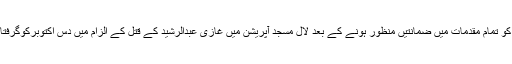
پرویزمشرف کو تمام مقدمات میں ضمانتیں منظور ہونے کے بعد لال مسجد آپریشن میں غازی عبدالرشید کے قتل کے الزام میں دس اکتوبرکوگرفتارکرلیا گیاتھا۔